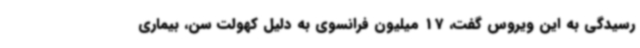
رسیدگی به این ویروس گفت، 17 میلیون فرانسوی به دلیل کهولت سن، بیماری